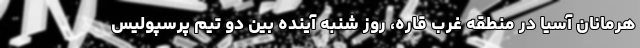
هرمانان آسیا در منطقه غرب قاره، روز شنبه آینده بین دو تیم پرسپولیس